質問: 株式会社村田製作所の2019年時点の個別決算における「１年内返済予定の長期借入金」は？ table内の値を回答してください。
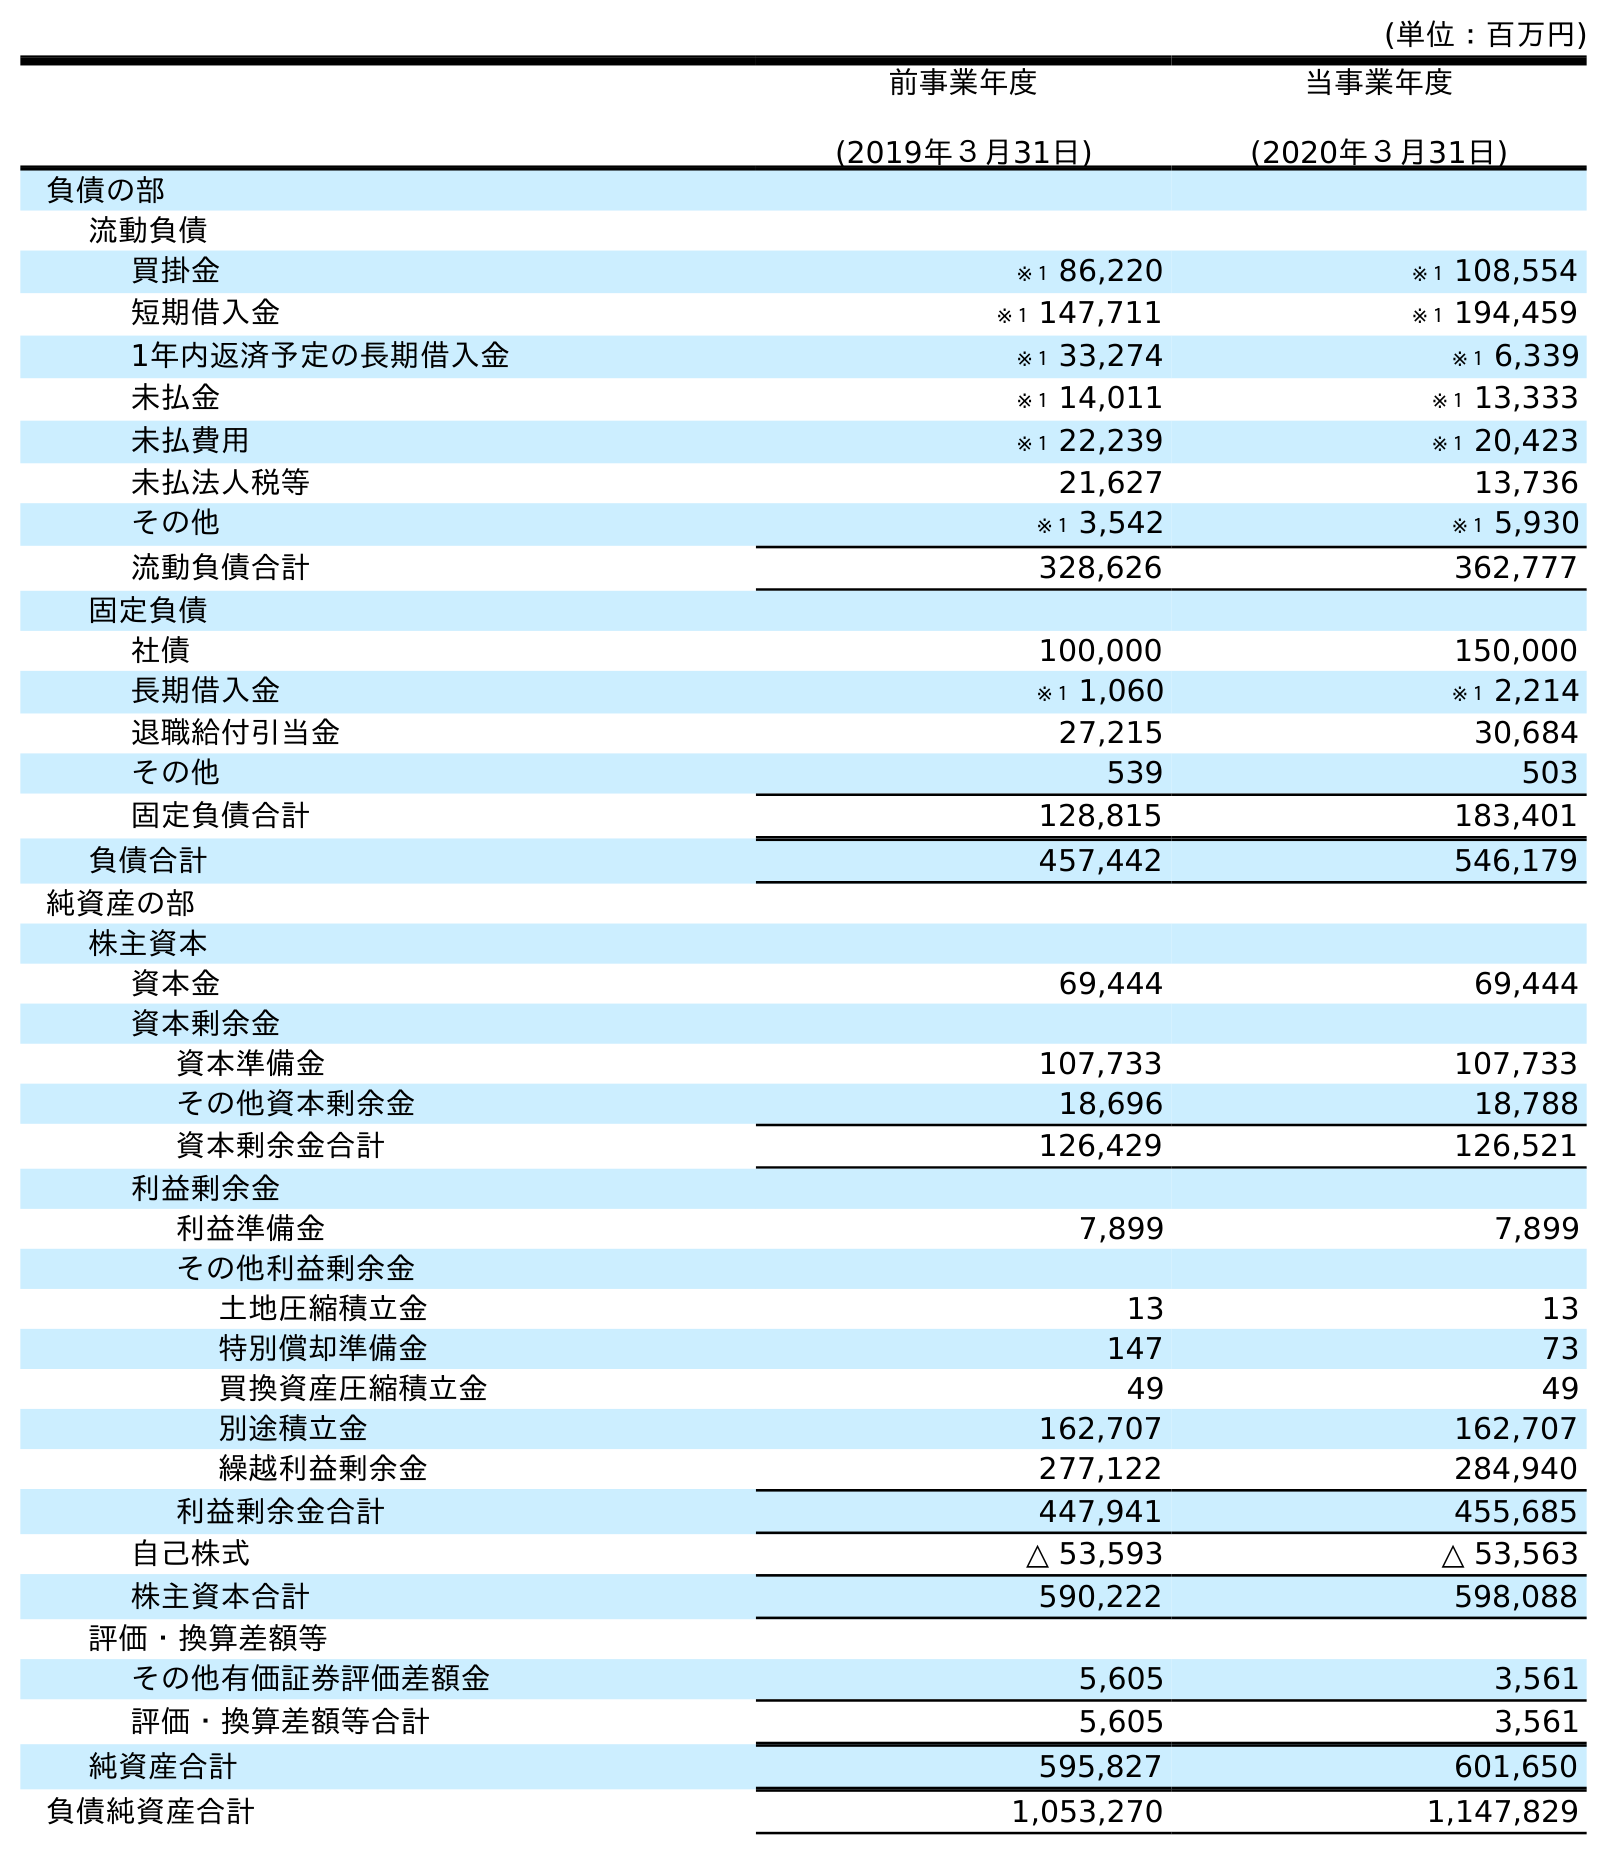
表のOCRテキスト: (単位：百万円) 前事業年度 (2019年３月31日) 当事業年度 (2020年３月31日) 負債の部 流動負債 買掛金 ※１ 86,220 ※１ 108,554 短期借入金 ※１ 147,711 ※１ 194,459 1年内返済予定の長期借入金 ※１ 33,274 ※１ 6,339 未払金 ※１ 14,011 ※１ 13,333 未払費用 ※１ 22,239 ※１ 20,423 未払法人税等 21,627 13,736 その他 ※１ 3,542 ※１ 5,930 流動負債合計 328,626 362,777 固定負債 社債 100,000 150,000 長期借入金 ※１ 1,060 ※１ 2,214 退職給付引当金 27,215 30,684 その他 539 503 固定負債合計 128,815 183,401 負債合計 457,442 546,179 純資産の部 株主資本 資本金 69,444 69,444 資本剰余金 資本準備金 107,733 107,733 その他資本剰余金 18,696 18,788 資本剰余金合計 126,429 126,521 利益剰余金 利益準備金 7,899 7,899 その他利益剰余金 土地圧縮積立金 13 13 特別償却準備金 147 73 買換資産圧縮積立金 49 49 別途積立金 162,707 162,707 繰越利益剰余金 277,122 284,940 利益剰余金合計 447,941 455,685 自己株式 △ 53,593 △ 53,563 株主資本合計 590,222 598,088 評価・換算差額等 その他有価証券評価差額金 5,605 3,561 評価・換算差額等合計 5,605 3,561 純資産合計 595,827 601,650 負債純資産合計 1,053,270 1,147,829
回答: ※１33,274